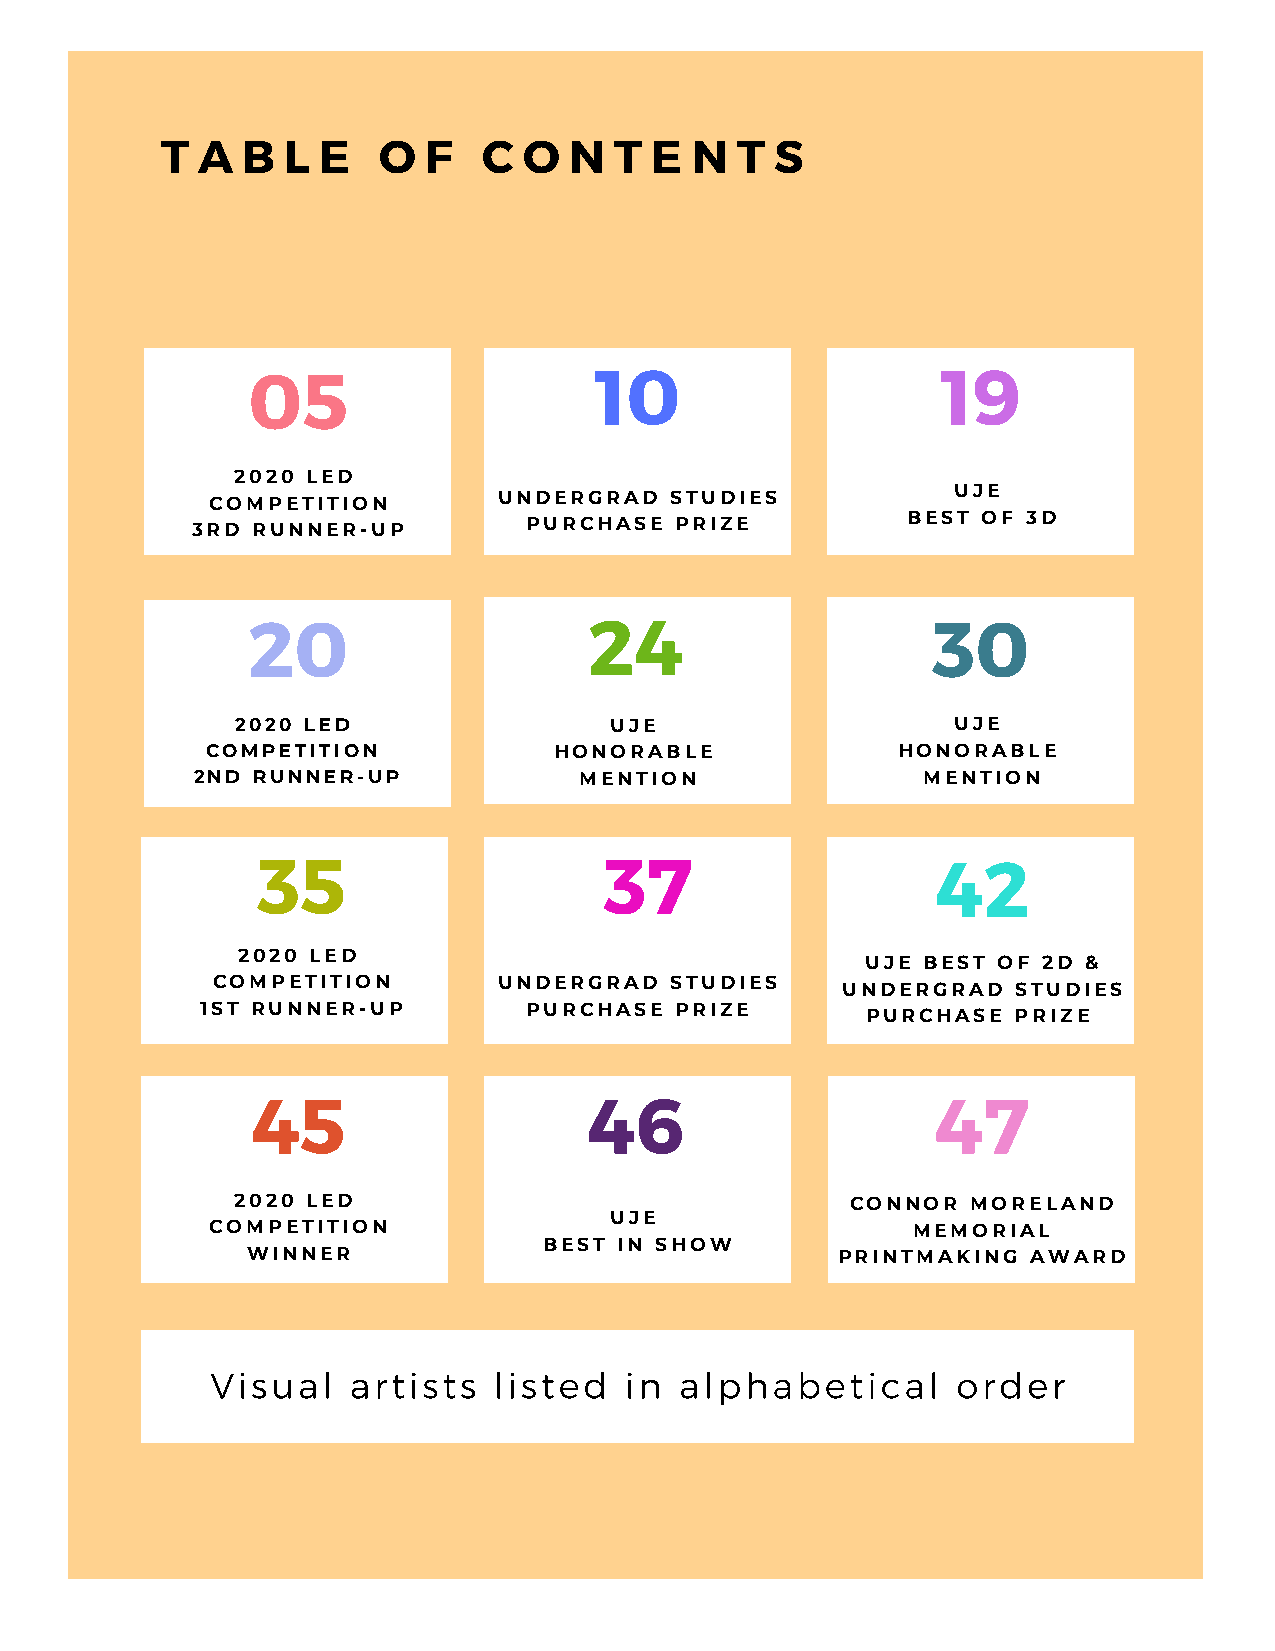
T A  B  L E   O  F   C  O  N  T E  N  T S
 05                     10                     19
 2020 LED
 UJE
 COMPETITION        UNDERGRAD  STUDIES
 BEST OF 3D
 3RD RUNNER-UP         PURCHASE  PRIZE
 20                     24                     30
 2020 LED                UJE                    UJE
 COMPETITION            HONORABLE             HONORABLE
 2ND RUNNER-UP            MENTION                MENTION
 35                     37                    42
 2020 LED
 UJE BEST OF 2D &
 COMPETITION        UNDERGRAD  STUDIES     UNDERGRAD  STUDIES
 1ST RUNNER-UP         PURCHASE  PRIZE       PURCHASE  PRIZE
 45                    46                     47
 2020 LED                                CONNOR  MORELAND
 UJE
 COMPETITION                                   MEMORIAL
 BEST IN SHOW
 WINNER                                 PRINTMAKING  AWARD
 Visual   artists   listed  in  alphabetical      order